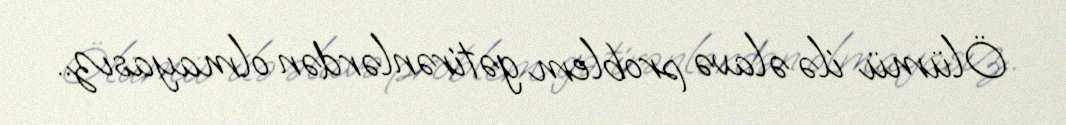
Ölümü ilə əlavə problem gətirənlərdən olmayasız..